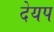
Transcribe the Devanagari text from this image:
देयप